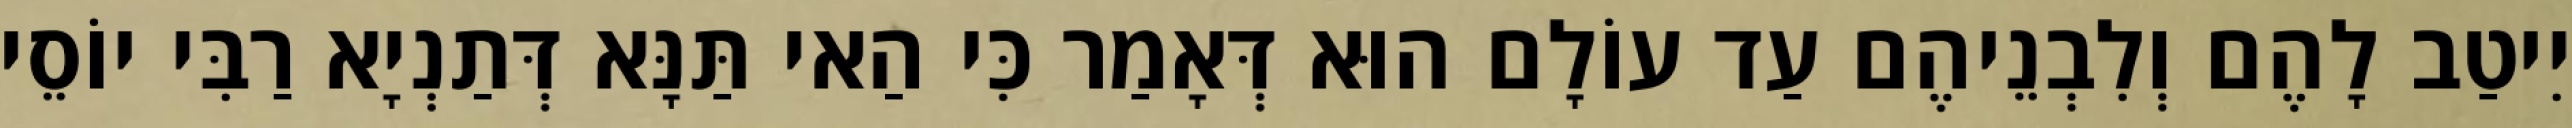
יִיטַב לָהֶם וְלִבְנֵיהֶם עַד עוֹלָם הוּא דְּאָמַר כִּי הַאי תַּנָּא דְּתַנְיָא רַבִּי יוֹסֵי